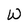
Character: W